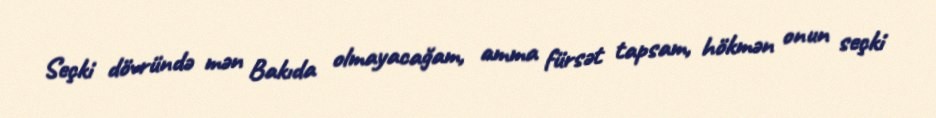
Seçki dövründə mən Bakıda olmayacağam, amma fürsət tapsam, hökmən onun seçki